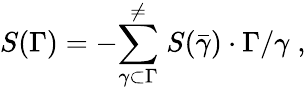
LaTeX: S(\Gamma)=-{\sum_{\gamma\subset\Gamma}^{\neq}}\; S(\bar{\gamma})\cdot\Gamma/\gamma\; ,